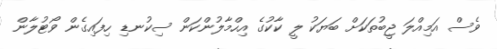
ވެސް އަމިއްލަ ޖީބުތަކަށް ބަޔަކު ލީ ކާކުގެ އިހްމާލުންކަން ސިކުނޑި ހިފައިގެން ވޯޓުލާން